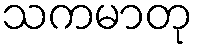
သကမာတု